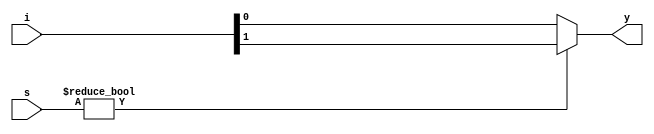
`timescale 1ns / 1ps
//////////////////////////////////////////////////////////////////////////////////
// Company: 
// Engineer: 
// 
// Design Name: 
// Module Name: mux_2x1
// Project Name: 
// Target Devices: 
// Tool Versions: 
// Description: 
// 
// Dependencies: 
// 
// Revision:
// Revision 0.01 - File Created
// Additional Comments:
// 
//////////////////////////////////////////////////////////////////////////////////


module mux_2x1(
input [1:0]i,s, output reg y);
always @(*)
begin
if (s)
    y=i[1];
else
    y=i[0];
end
endmodule